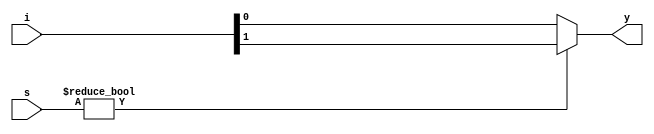
`timescale 1ns / 1ps
//////////////////////////////////////////////////////////////////////////////////
// Company: 
// Engineer: 
// 
// Design Name: 
// Module Name: mux_2x1
// Project Name: 
// Target Devices: 
// Tool Versions: 
// Description: 
// 
// Dependencies: 
// 
// Revision:
// Revision 0.01 - File Created
// Additional Comments:
// 
//////////////////////////////////////////////////////////////////////////////////


module mux_2x1(
input [1:0]i,s, output reg y);
always @(*)
begin
if (s)
    y=i[1];
else
    y=i[0];
end
endmodule